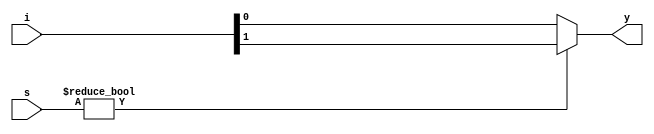
`timescale 1ns / 1ps
//////////////////////////////////////////////////////////////////////////////////
// Company: 
// Engineer: 
// 
// Design Name: 
// Module Name: mux_2x1
// Project Name: 
// Target Devices: 
// Tool Versions: 
// Description: 
// 
// Dependencies: 
// 
// Revision:
// Revision 0.01 - File Created
// Additional Comments:
// 
//////////////////////////////////////////////////////////////////////////////////


module mux_2x1(
input [1:0]i,s, output reg y);
always @(*)
begin
if (s)
    y=i[1];
else
    y=i[0];
end
endmodule